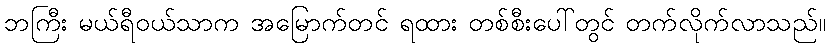
ဘကြီး မယ်ရီဝယ်သာက အမြောက်တင် ရထား တစ်စီးပေါ်တွင် တက်လိုက်လာသည်။